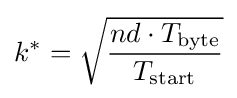
k^{*}={\sqrt {\frac {nd\cdot T_{\text{byte}}}{T_{\text{start}}}}}